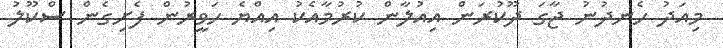
މިއަދު ހެނދުނު ޖާގަ ދޫކުރަން އިއުލާން ކުރުމާއެކު އިއްޔެ ހަވީރުން ފެށިގެން ސްކޫލު